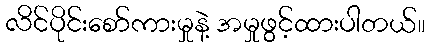
လိင်ပိုင်းစော်ကားမှုနဲ့ အမှုဖွင့်ထားပါတယ်။